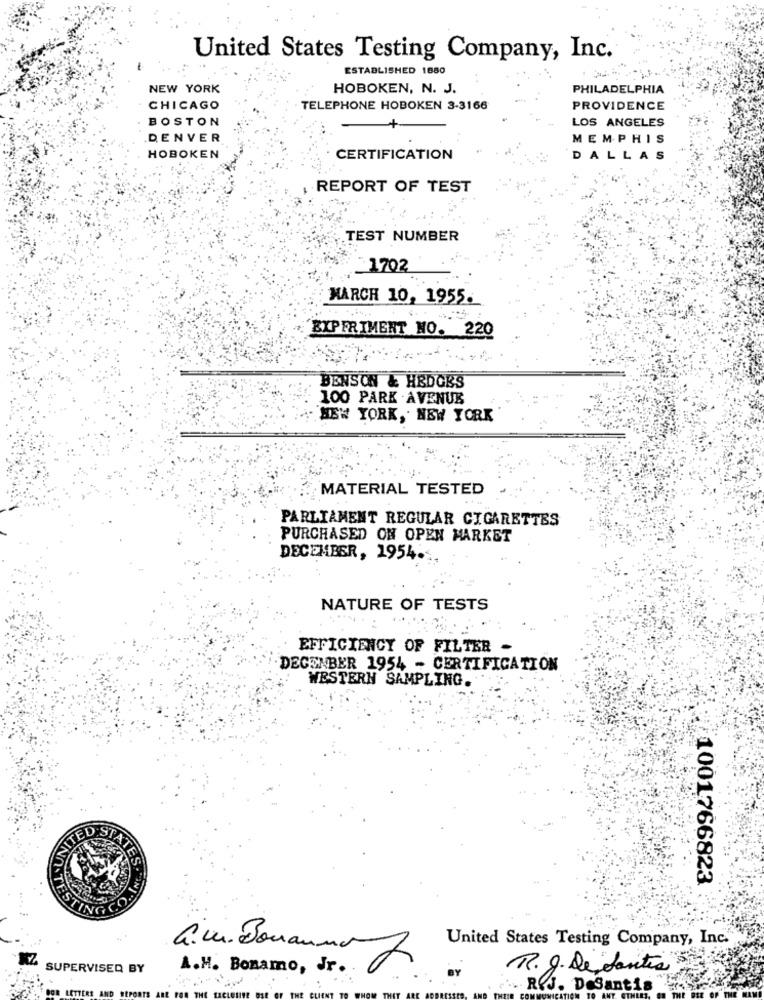
United States Testing Company, Inc.
ESTABLISHED 1880
NEW YORK
HOBOKEN, N. J.
PHILADELPHIA
CHICAGO
TELEPHONE HOBOKEN 3-3166
PROVIDENCE
BOSTON
LOS ANGELES
DENVER
MEMPHIS
HOBOKEN
CERTIFICATION
DALLAS
REPORT OF TEST
TEST NUMBER
1702
MARCH 10, 1955.
BIPFRIMENT NO. 220
BENSON & HEDGES
100 PARK AVENUE
NEW YORK, NEW YORK
MATERIAL TESTED
PARLIAMENT REGULAR CIGARETTES
PURCHASED ON OPEN MARKET
DECEMBER, 1954.
NATURE OF TESTS
EFFICIENCY OF FILTER -
DECENBER 1954 - CERTIFICATION
WESTERN SAMPLING.
ATES.
1001766823
United States Testing Company, Inc."
a.M. Bonanno
2
SUPERVISED BY
A.M. Bonamo, Jr ..
R.g. Detantes
LETTERS AND
REJ. DeSantis